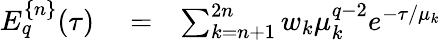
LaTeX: \begin{array}{rlr}{E_{q}^{\{ n\} }(\tau)}&{{}=}&{\sum_{k=n+1}^{2n}w_{k}\mu_{k}^{q-2}e^{-\tau/\mu_{k}}}\end{array}